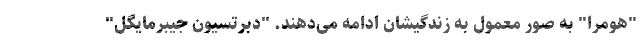
"هومرا" به صور معمول به زندگیشان ادامه می‌دهند. "دبرتسیون جیبرمایگل"